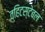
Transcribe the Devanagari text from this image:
व्हिटस्टेबल